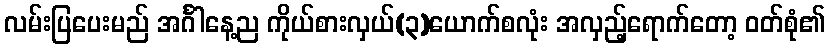
လမ်းပြပေးမည် အင်္ဂါနေ့ည ကိုယ်စားလှယ်(၃)ယောက်စလုံး အလှည့်ရောက်တော့ ဝတ်စုံ၏